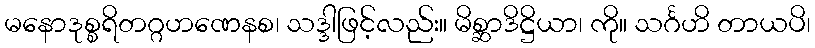
မနောဒုစ္စရိတဂ္ဂဟဏေနစ၊ သဒ္ဒါဖြင့်လည်း။ မိစ္ဆာဒိဋ္ဌိယာ၊ ကို။ သင်္ဂဟိ တာယပိ၊